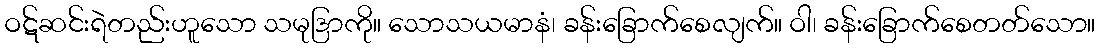
ဝဋ်ဆင်းရဲတည်းဟူသော သမုဒြာကို။ သောသယမာနံ၊ ခန်းခြောက်စေလျက်။ ဝါ၊ ခန်းခြောက်စေတတ်သော။